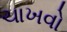
ચાખવો